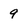
Character: 9